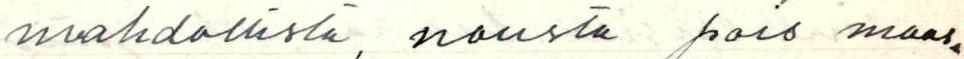
mahdollista, nousta pois maas-